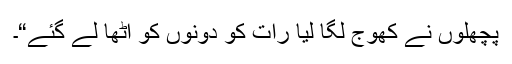
پچھلوں نے کھوج لگا لیا رات کو دونوں کو اُٹھا لے گئے“۔